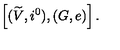
\left[ ( \widetilde { V } , i ^ { 0 } ) , ( G , e ) \right] .